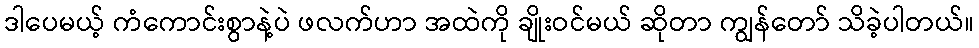
ဒါပေမယ့် ကံကောင်းစွာနဲ့ပဲ ဖလက်ဟာ အထဲကို ချိုးဝင်မယ် ဆိုတာ ကျွန်တော် သိခဲ့ပါတယ်။